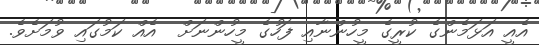
އެއީ އަޅަމެންގެ ކުރީގެ މީހުންނާއި ފަހުގެ މީހުންނަށް  އެއް ކަމުގައި ވުމަށެވެ.